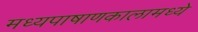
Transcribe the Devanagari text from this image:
मध्यपाषाणकालामध्ये